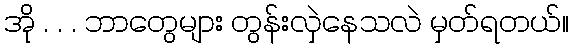
အို . . . ဘာတွေများ တွန်းလှဲနေသလဲ မှတ်ရတယ်။